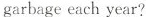
garbage each year?